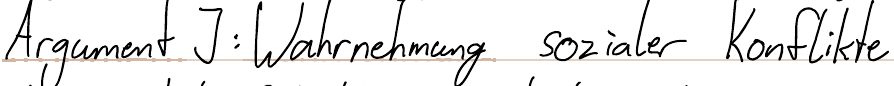
Argument J: Wahrnehmung sozialer Konflikte